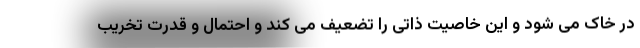
در خاک می شود و این خاصیت ذاتی را تضعیف می کند و احتمال و قدرت تخریب